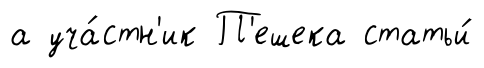
а уча́стн'ик П'ешека статьи́